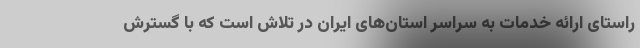
راستای ارائه خدمات به سراسر استان‌های ایران در تلاش است که با گسترش